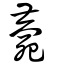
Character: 薨